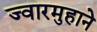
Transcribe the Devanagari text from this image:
ज्वारमुहाने